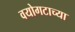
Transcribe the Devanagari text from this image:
वयोगटाच्या